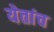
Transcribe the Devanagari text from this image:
येतांच